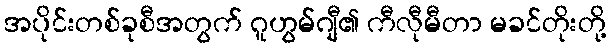
အပိုင်းတစ်ခုစီအတွက် ဂူဟွမ်ဂျီ၏ ကီလီုမီတာ မခင်တိုးတို့